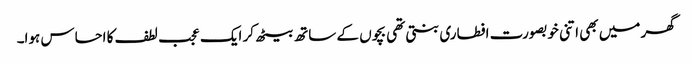
گھر میں بھی اتنی خوبصورت افطاری بنتی تھی بچوں کے ساتھ بیٹھ کر ایک عجب لطف کا احساس ہوا۔